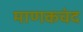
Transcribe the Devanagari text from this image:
माणकचंद